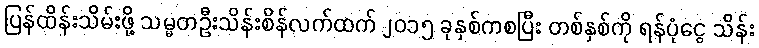
ပြန်ထိန်းသိမ်းဖို့ သမ္မတဦးသိန်းစိန်လက်ထက် ၂၀၁၅ ခုနှစ်ကစပြီး တစ်နှစ်ကို ရန်ပုံငွေ သိန်း